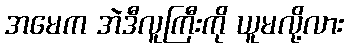
အမေက အဲဒီလူကြီးကို ယူမလို့လား